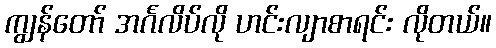
ကျွန်တော် အင်္ဂလိပ်လို ဟင်းလျာစာရင်း လိုတယ်။